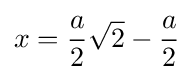
x={a \over 2}{\sqrt {2}}-{a \over 2}